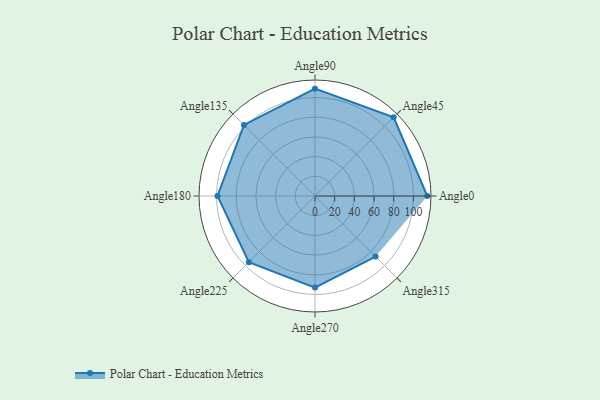
{"axis": {"x": "Angle", "y": "Radius"}, "legend": [""], "data": [{"x": "Angle0", "y": 114.0, "type": ""}, {"x": "Angle45", "y": 113.0, "type": ""}, {"x": "Angle90", "y": 109.0, "type": ""}, {"x": "Angle135", "y": 102.0, "type": ""}, {"x": "Angle180", "y": 99.0, "type": ""}, {"x": "Angle225", "y": 95.0, "type": ""}, {"x": "Angle270", "y": 93.0, "type": ""}, {"x": "Angle315", "y": 87.0, "type": ""}]}